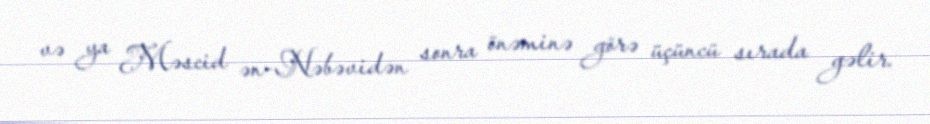
və ya Məscid ən-Nəbəvidən sonra önəminə görə üçüncü sırada gəlir.